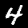
Label: 4